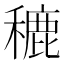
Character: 𮃨